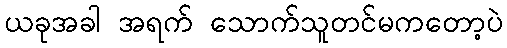
ယခုအခါ အရက် သောက်သူတင်မကတော့ပဲ